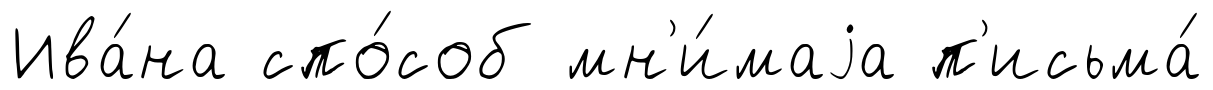
Ива́на спо́соб мн'и́маjа п'исьма́